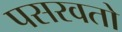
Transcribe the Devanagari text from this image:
पसरवतो